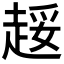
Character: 𲃍